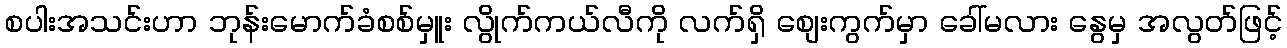
စပါးအသင်းဟာ ဘုန်းမောက်ခံစစ်မှူး လွိုက်ကယ်လီကို လက်ရှိ စျေးကွက်မှာ ခေါ်မလား နွေမှ အလွတ်ဖြင့်